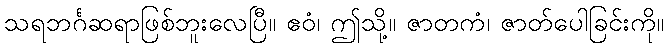
သရဘင်္ဂဆရာဖြစ်ဘူးလေပြီ။ ဧဝံ၊ ဤသို့။ ဇာတကံ၊ ဇာတ်ပေါခြင်းကို။